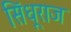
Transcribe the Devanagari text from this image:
सिंधूराज